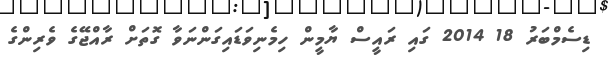
ޑިސެމްބަރު 18 2014 ގައި ރައީސް ޔާމީން ހިމެނިވަޑައިގަންނަވާ ގޮތަށް ރާއްޖޭގެ ވެރިންގެ